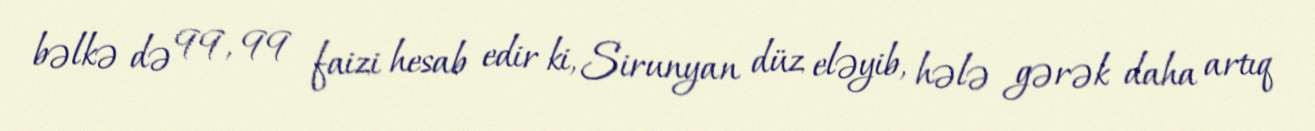
bəlkə də 99, 99 faizi hesab edir ki, Sirunyan düz eləyib, hələ gərək daha artıq